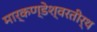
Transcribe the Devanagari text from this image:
मार्कण्डेश्वरतीर्थ